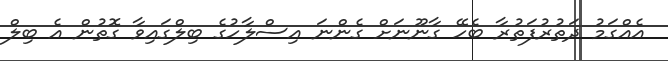
އެއްގަމު ދަތުރުފަތުރާ ބެހޭ ގާނޫނަށް ގެންނަ އިސްލާހުގެ ބިލްގައިވާ ގޮތުން އެ ބިލް